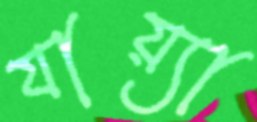
যায়্যা